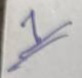
1